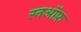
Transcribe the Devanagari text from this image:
रनऑफ़